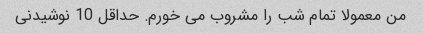
من معمولا تمام شب را مشروب می خورم. حداقل 10 نوشیدنی